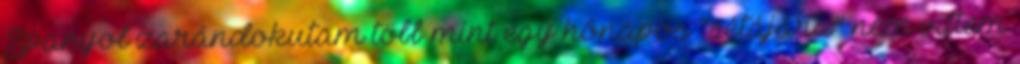
Spanyol zarándokutam több mint egy hónapos “sétájára” nem vittem